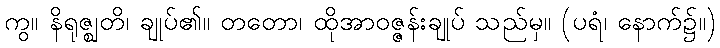
ကွ။ နိရုဇ္ဈတိ၊ ချုပ်၏။ တတော၊ ထိုအာဝဇ္ဇန်းချုပ် သည်မှ။ (ပရံ၊ နောက်၌။)